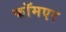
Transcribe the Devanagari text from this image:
कॉमएर